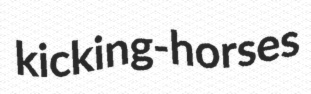
kicking-horses